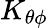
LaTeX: K_{\theta\phi}